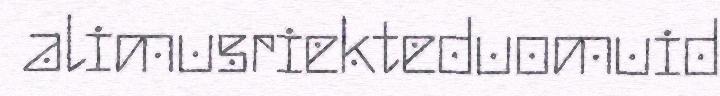
alimusriekteduomuid